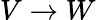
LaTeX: V\to W